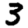
Digit: 3